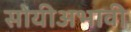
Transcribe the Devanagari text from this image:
सोयीअभावी